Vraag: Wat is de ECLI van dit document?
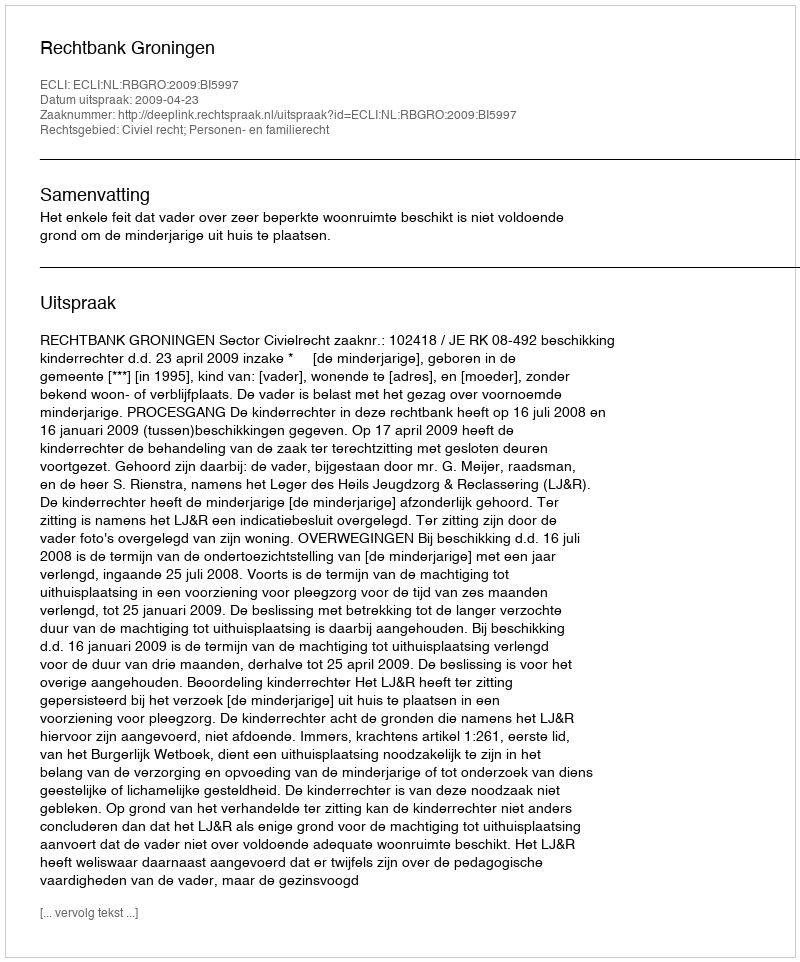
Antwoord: ECLI:NL:RBGRO:2009:BI5997